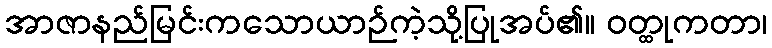
အာဇာနည်မြင်းကသောယာဉ်ကဲ့သို့ပြုအပ်၏။ ဝတ္ထုကတာ၊